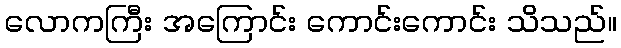
လောကကြီး အကြောင်း ကောင်းကောင်း သိသည်။